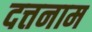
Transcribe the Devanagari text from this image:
दत्तनाम